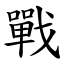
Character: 戰